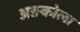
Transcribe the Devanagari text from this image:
अङकोला